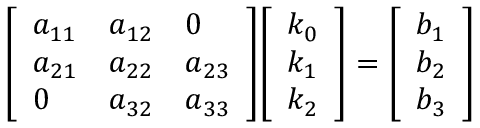
{ \left[ \begin{array} { l l l } { a _ { 1 1 } } & { a _ { 1 2 } } & { 0 } \\ { a _ { 2 1 } } & { a _ { 2 2 } } & { a _ { 2 3 } } \\ { 0 } & { a _ { 3 2 } } & { a _ { 3 3 } } \end{array} \right] } { \left[ \begin{array} { l } { k _ { 0 } } \\ { k _ { 1 } } \\ { k _ { 2 } } \end{array} \right] } = { \left[ \begin{array} { l } { b _ { 1 } } \\ { b _ { 2 } } \\ { b _ { 3 } } \end{array} \right] }